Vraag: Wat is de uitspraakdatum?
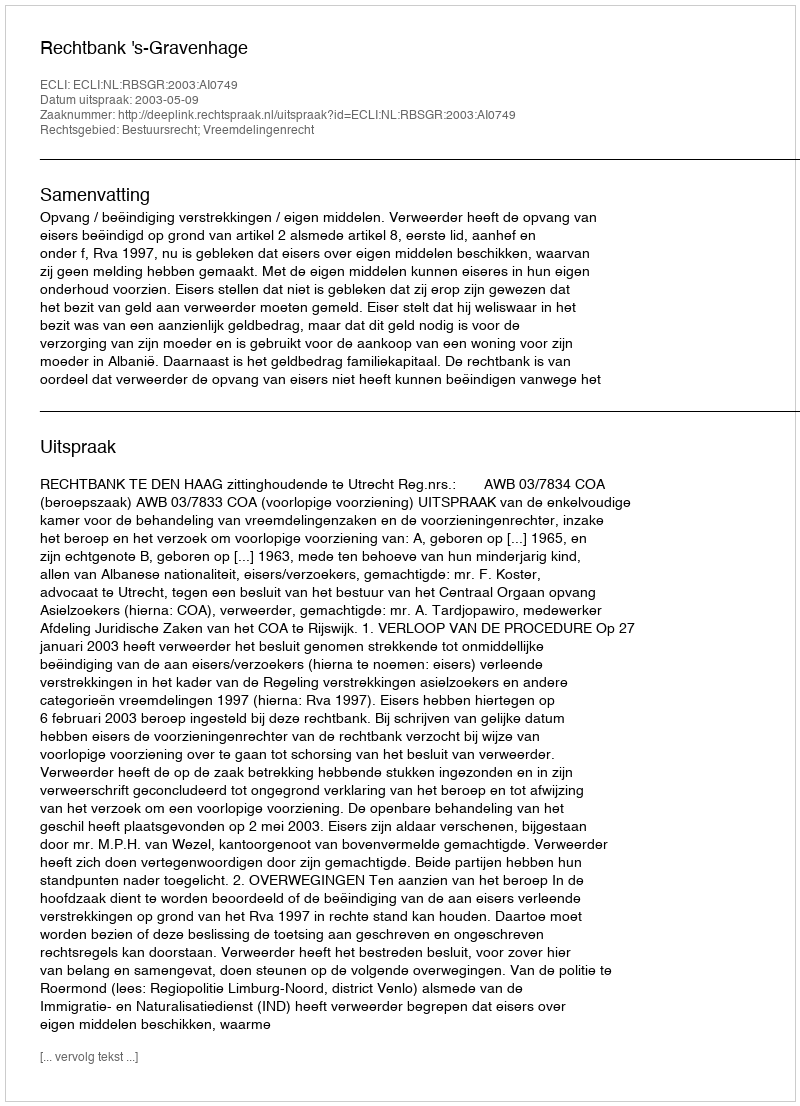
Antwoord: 2003-05-09